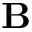
\mathbf { B }